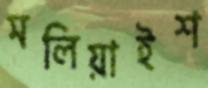
মলিয়াইশ